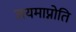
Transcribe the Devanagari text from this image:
जयमाप्नोति